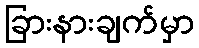
ခြားနားချက်မှာ